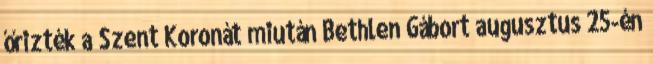
őrizték a Szent Koronát miután Bethlen Gábort augusztus 25-én